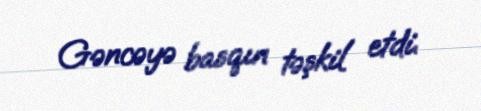
Gəncəyə basqın təşkil etdi.